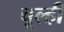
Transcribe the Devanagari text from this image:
चूल्ही